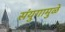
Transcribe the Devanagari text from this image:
संयुगामुळे